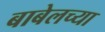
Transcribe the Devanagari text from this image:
बाबेलच्या